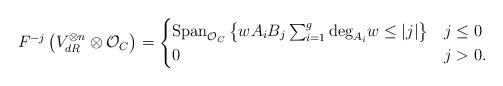
LaTeX: \begin{align*} F^{-j}\left(V^{\otimes n}_{dR}\otimes \mathcal{O}_{C}\right)=\begin{cases} \mathrm{Span}_{\mathcal{O}_{C}}\left\{w A_iB_j\sum_{i=1}^{g}\mathrm{deg}_{A_i}w\leq |j|\right\} & j\leq 0\\ 0 & j>0. \end{cases}\end{align*}